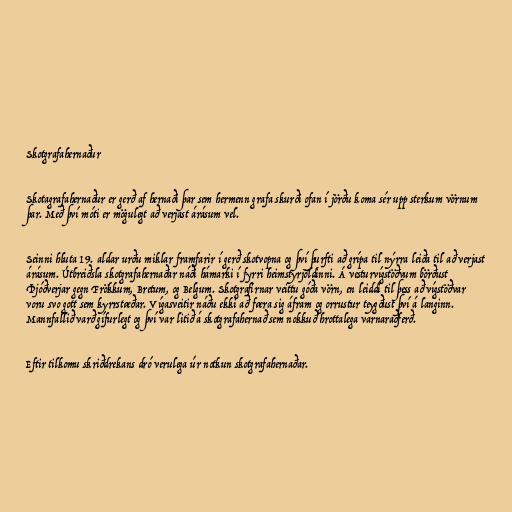
Skotgrafahernaður

Skotagrafahernaður er gerð af hernaði þar sem hermenn grafa skurði ofan í jörðu koma sér upp sterkum vörnum
þar. Með því móti er mögulegt að verjast árásum vel.

Seinni hluta 19. aldar urðu miklar framfarir í gerð skotvopna og því þurfti að grípa til nýrra leiða til að verjast
árásum. Útbreiðsla skotgrafahernaðar náði hámarki í fyrri heimstyrjöldinni. Á vesturvígstöðvum börðust
Þjóðverjar gegn Frökkum, Bretum, og Belgum. Skotgrafirnar veittu góða vörn, en leiddi til þess að vígstöðvar
voru svo gott sem kyrrstæðar. Vígasveitir náðu ekki að færa sig áfram og orrustur teygðust því á langinn.
Mannfallið varð gífurlegt og því var litið á skotgrafahernað sem nokkuð hrottalega varnaraðferð.

Eftir tilkomu skriðdrekans dró verulega úr notkun skotgrafahernaðar.